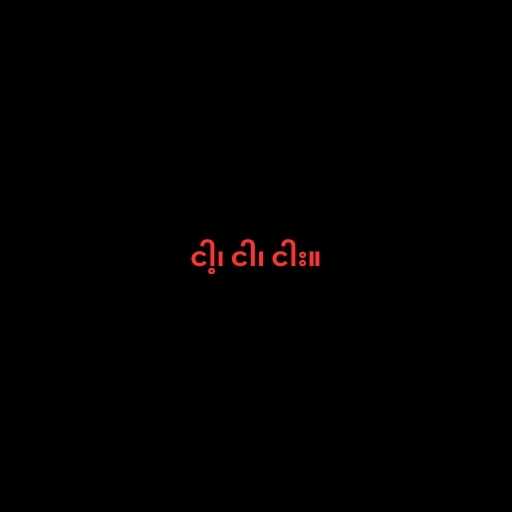
ငါ့၊ ငါ၊ ငါး။